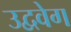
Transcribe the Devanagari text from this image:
उद्ववेग